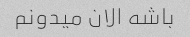
باشه الان میدونم